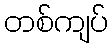
တစ်ကျပ်